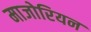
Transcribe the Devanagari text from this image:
माजोरियन